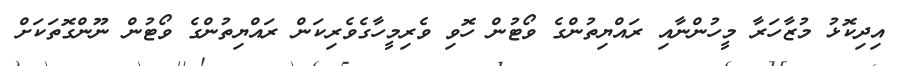
އިދިކޮޅު މުޒާހަރާ މީހުންނާއި ރައްޔިތުންގެ ވޯޓުން ހޮވި ވެރިމީހާގެވެރިކަން ރައްޔިތުންގެ ވޯޓުން ނޫންގޮތަކަށް